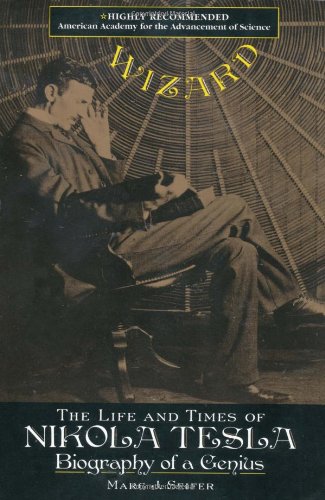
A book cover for Wizard: The Life and Times of Nikola Tesla : Biography of a Genius (Citadel Press Book); Marc Seifer; Biographies & Memoirs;